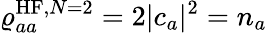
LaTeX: {\varrho_{aa}^{\mathrm{HF},N=2}=2|c_{a}|^{2}=n_{a}}